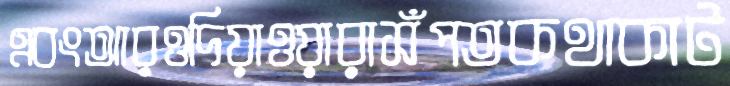
এবংআরওদিয়াওয়ারাসঁপতকথাকাট